Civil Veterinary Department Bengal reports 1923-33 - 1923-1933
Year: 1923
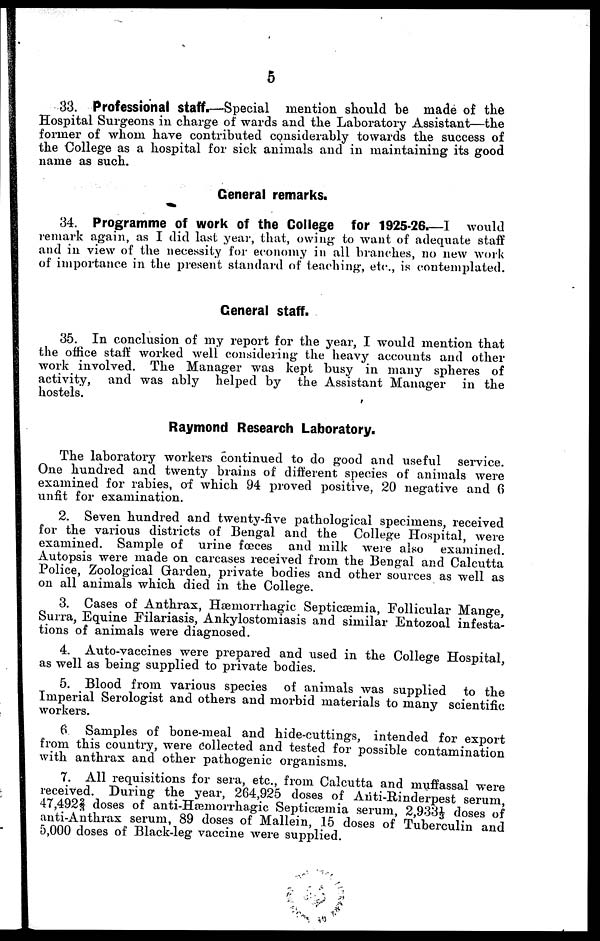
5
33. Professional staff.—Special mention should be made of the
Hospital Surgeons in charge of wards and the Laboratory Assistant—the
former of whom have contributed considerably towards the success of
the College as a hospital for sick animals and in maintaining its good
name as such.
General remarks.
34. Programme of work of the College for 1925-26.—I would
remark again, as I did last year, that, owing to want of adequate staff
and in view of the necessity for economy in all branches, no new work
of importance in the present standard of teaching, etc., is contemplated.
General staff.
35. In conclusion of my report for the year, I would mention that
the office staff worked well considering the heavy accounts and other
work involved. The Manager was kept busy in many spheres of
activity, and was ably helped by the Assistant Manager in the
hostels.
Raymond Research Laboratory.
The laboratory workers continued to do good and useful
service.
One hundred and twenty brains of different species of animals were
examined for rabies, of which 94 proved positive, 20 negative and 6
unfit for examination.
2. Seven hundred and twenty-five pathological specimens, received
for the various districts of Bengal and the College Hospital, were
examined. Sample of urine fœces and milk were also examined.
Autopsis were made on carcases received from the Bengal and Calcutta
Police, Zoological Garden, private bodies and other sources as well as
on all animals which died in the College.
3. Cases of Anthrax, Hæmorrhagic Septicæmia, Follicular Mange,
Surra, Equine Filariasis, Ankylostomiasis and similar Entozoal infesta-
tions of animals were diagnosed.
4. Auto-vaccines were prepared and used in the College Hospital,
as well as being supplied to private bodies.
5. Blood from various species of animals was supplied to the
Imperial Serologist and others and morbid materials to many scientific
workers.
6 Samples of bone-meal and hide-cuttings, intended for export
from this country, were collected and tested for possible contamination
with anthrax and other pathogenic organisms.
7. All requisitions for sera, etc., from Calcutta and muffassal were
received. During the year, 264,925 doses of Anti-Rinderpest serum,
47,4922/3 doses of anti-Hsemorrhagic Septicæmia serum, 2,9331/3 doses of
anti-Anthrax serum, 89 doses of Mallein, 15 doses of Tuberculin and
5,000 doses of Black-leg vaccine were supplied.